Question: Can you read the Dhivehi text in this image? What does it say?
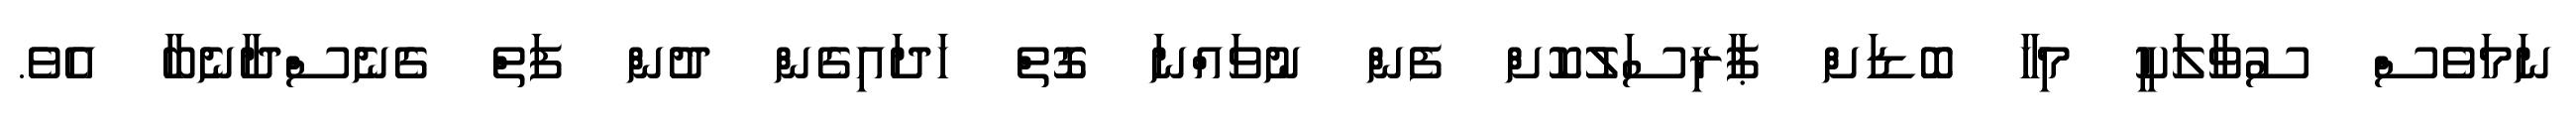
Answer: ނަމަވެސް ސުވާލަކީ މިހާ ބޮޑަށް ޕާރިސަލުކޮށް ފެން ނުވައްނަ ގޮތް ހަދައިގެން ދުން ފަތް ގެނެސްދާނެބާ އެވެ.